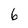
Character: 6